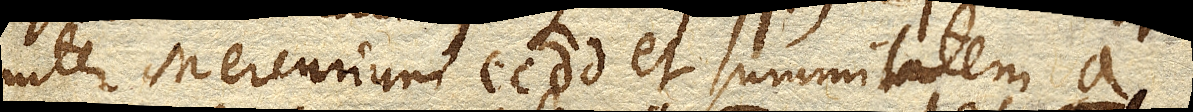
inter Mercurium cc dd et summitatem a